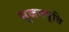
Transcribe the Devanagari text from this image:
सृजनवृत्ति